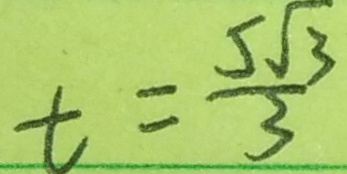
t = \frac { 5 \sqrt { 3 } } { 3 }